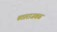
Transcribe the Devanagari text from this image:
पठाराजवळ